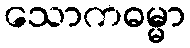
သောကဓမ္မာ